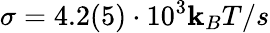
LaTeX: \sigma=4.2(5)\cdot10^{3}\mathbf{k}_{B}T/s